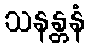
သနန္တနံ